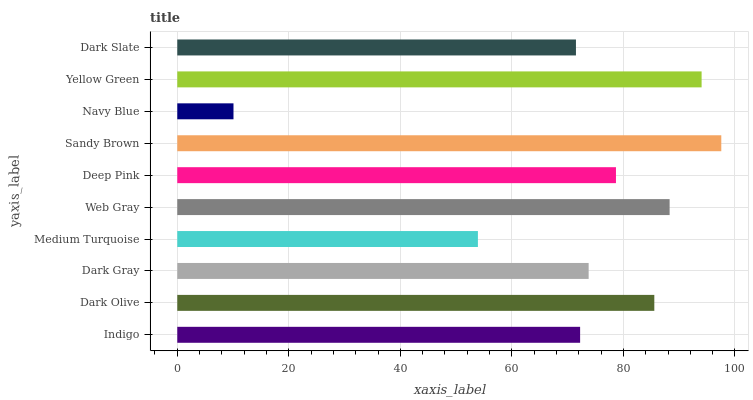
| yaxis_label | bars |
 | --- | --- |
 | Indigo | 72.2 |
 | Dark Olive | 85.5 |
 | Dark Gray | 73.8 |
 | Medium Turquoise | 53.9 |
 | Web Gray | 88.3 |
 | Deep Pink | 78.7 |
 | Sandy Brown | 97.5 |
 | Navy Blue | 10.1 |
 | Yellow Green | 94 |
 | Dark Slate | 71.5 |